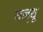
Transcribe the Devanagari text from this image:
घन्यू